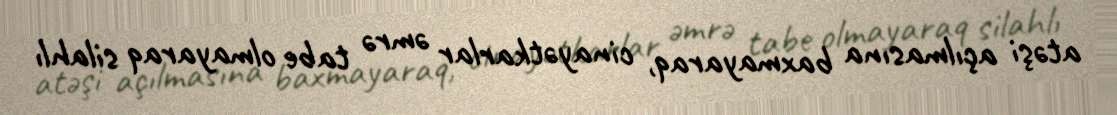
atəşi açılmasına baxmayaraq, cinayətkarlar əmrə tabe olmayaraq silahlı